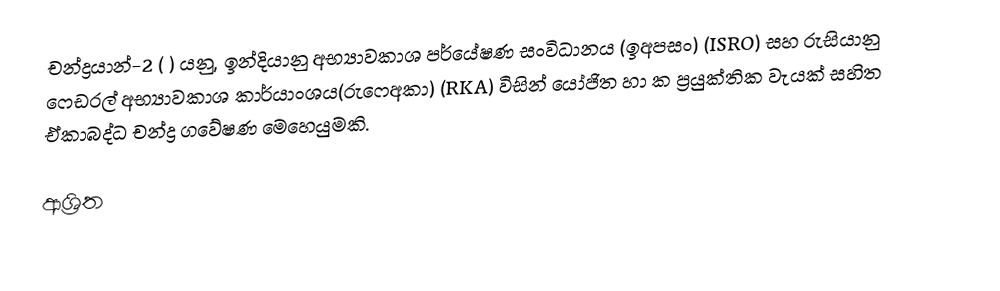
චන්ද්‍රයාන්-2 ( ) යනු, ඉන්දියානු අභ්‍යාවකාශ පර්යේෂණ සංවිධානය (ඉඅපසං) (ISRO) සහ රුසියානු ෆෙඩරල් අභ්‍යාවකාශ කාර්යාංශය(රුෆෙඅකා) (RKA) විසින් යෝජිත හා  ක ප්‍රයුක්තික වැයක් සහිත ඒකාබද්ධ චන්ද්‍ර ගවේෂණ මෙහෙයුමකි.

ආශ්‍රිත